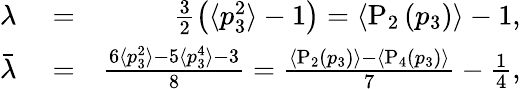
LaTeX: \begin{array}{rlr}{\lambda}&{{}=}&{\frac{3}{2}\left(\langle p_{3}^{2}\rangle-1\right)=\langle\textrm{P}_{2}\left(p_{3}\right)\rangle-1,}\\ {\bar{\lambda}}&{{}=}&{\frac{6\langle p_{3}^{2}\rangle-5\langle p_{3}^{4}\rangle-3}{8}=\frac{\langle\textrm{P}_{2}\left(p_{3}\right)\rangle-\langle\textrm{P}_{4}\left(p_{3}\right)\rangle}{7}-\frac{1}{4},}\end{array}